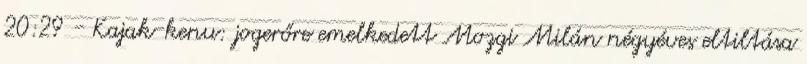
20:29 - Kajak-kenu: jogerőre emelkedett Mozgi Milán négyéves eltiltása